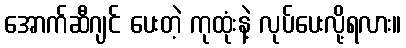
အောက်ဆီဂျင် ပေးတဲ့ ကုထုံးနဲ့ လုပ်ပေးလို့ရလား။